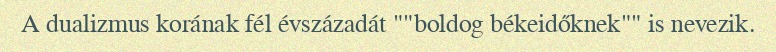
A dualizmus korának fél évszázadát ""boldog békeidőknek"" is nevezik.